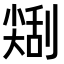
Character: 𠟥